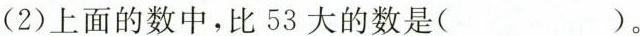
(2)上面的数中，比53大的数是()。